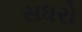
સધરો